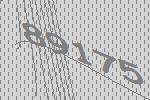
89175